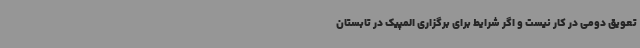
تعویق دومی در کار نیست و اگر شرایط برای برگزاری المپیک در تابستان